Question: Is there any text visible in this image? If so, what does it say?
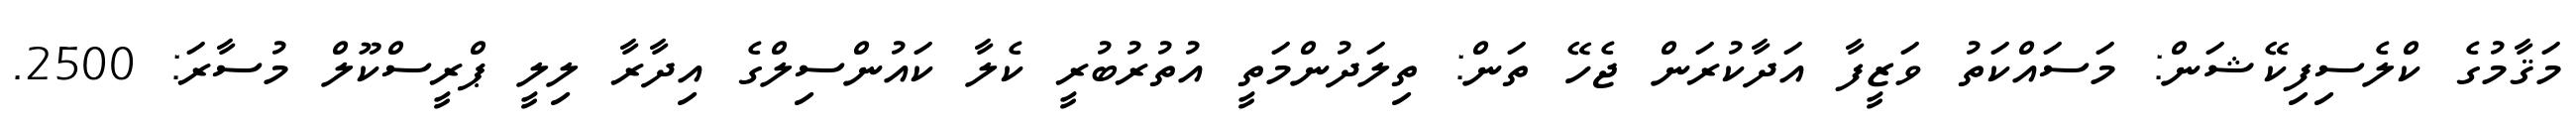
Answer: މަޤާމުގެ ކްލެސިފިކޭޝަން: މަސައްކަތު ވަޒީފާ އަދާކުރަން ޖެހޭ ތަން: ތިލަދުންމަތީ އުތުރުބުރީ ކެލާ ކައުންސިލްގެ އިދާރާ ލިލީ ޕްރީސްކޫލް މުސާރަ: 2500.